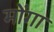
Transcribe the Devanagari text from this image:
मोंगा